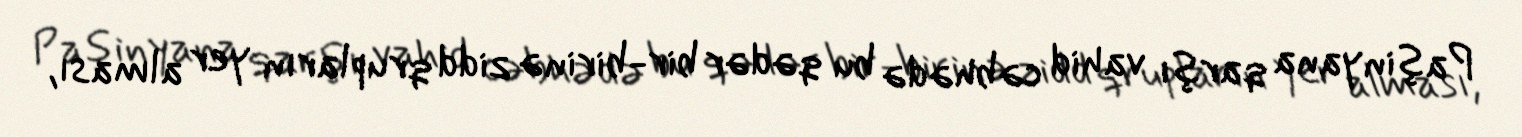
Paşinyana qarşı vahid cəbhədə bu qədər bir-birinə zidd qrupların yer alması,